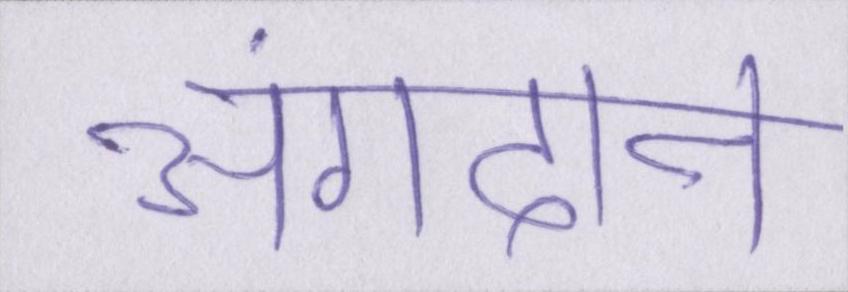
अंगदान